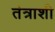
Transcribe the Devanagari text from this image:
तंत्राशी